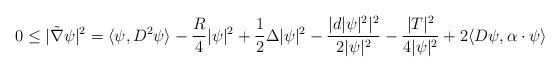
\begin{align*}0\leq|\tilde{\nabla}\psi|^2=\langle\psi,D^2\psi\rangle-\frac{R}{4}|\psi|^2+\frac{1}{2}\Delta|\psi|^2-\frac{|d|\psi|^2|^2}{2|\psi|^2}-\frac{|T|^2}{4|\psi|^2}+2\langle D\psi,\alpha\cdot\psi\rangle\end{align*}